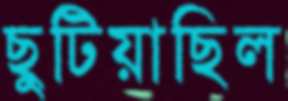
ছুটিয়াছিল